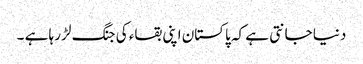
دنیا جانتی ہے کہ پاکستان اپنی بقاء کی جنگ لڑ رہا ہے ۔